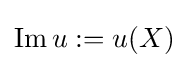
\operatorname {Im} u:=u(X)